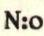
N:o